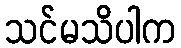
သင်မသိပါက